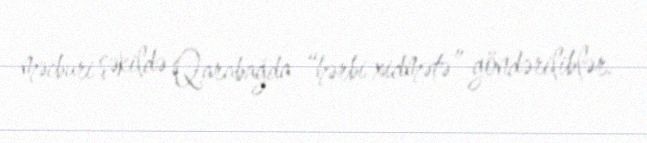
məcburi şəkildə Qarabağda “hərbi xidmətə” göndəriliblər.